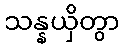
သန္နယှိတွာ